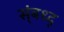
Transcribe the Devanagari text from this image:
स्ंबध्द्